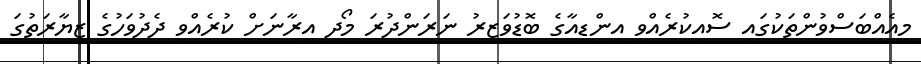
މިއެއްބަސްވުންތަކުގައި ސޮއިކުރެއްވީ އިންޑިއާގެ ބޮޑުވަޒީރު ނަރަންދުރަ މޯދީ އީރާނަށް ކުރެއްވި ދެދުވަހުގެ ޒިޔާރަތުގަ